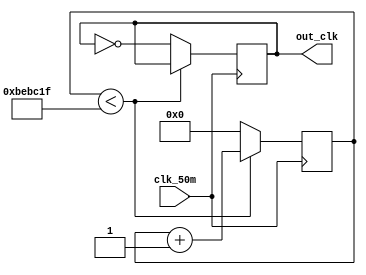
module frequence_divider(input clk_50m, output reg out_clk);
   parameter delay = 12_499_999;
   reg [24:0] counter = 0;

   initial out_clk <= 0;

   always @(posedge clk_50m)
      if (counter < delay)
         counter <= counter + 1'b1;
      else begin
         counter <= 0;
         out_clk <= ~out_clk;
      end
endmodule

module divide_by_two(input in_clk, output reg out_clk);
   initial out_clk = 0;

   always @(posedge in_clk) out_clk <= ~out_clk;
endmodule